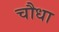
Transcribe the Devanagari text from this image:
चौधा